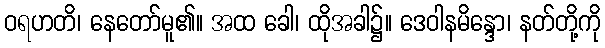
ဝရဟတိ၊ နေတော်မူ၏။ အထ ခေါ၊ ထိုအခါ၌။ ဒေဝါနမိန္ဒော၊ နတ်တို့ကို